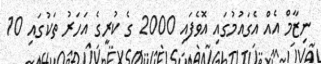
ނިޒާމް އެއް އެގައުމުގައި އޮވެފައި 2000 ގެ ކުރީގެ އަހަރު ތަކުގައި 10